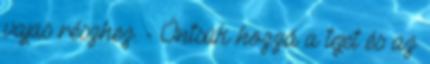
vajas részhez. - Öntsük hozzá a tejet és az